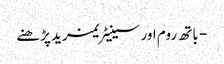
- باتھ روم اور سینیٹریمزید پڑھنے